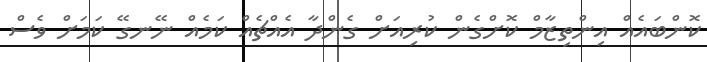
ކޮންބައެއް އިންތިޒާމް ކޮށްގެން ކުރިއަށް ގެންދާ އެއްޗެއް ކަމެއް ނޭނގޭ ކަމަށް ވެސް